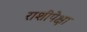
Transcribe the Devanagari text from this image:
राशीपेक्षा